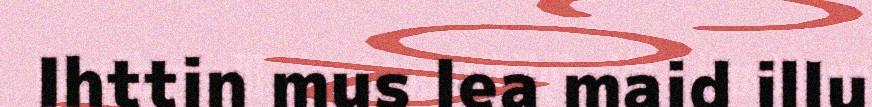
Ihttin mus lea maid illu